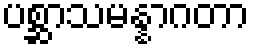
ပစ္ဆာသမန္နာဂတာ